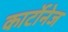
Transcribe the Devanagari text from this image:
कार्टोनेज